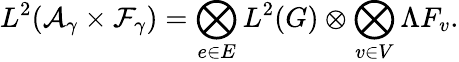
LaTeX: L^{2}({\cal A}_{\gamma}\times{\cal F}_{\gamma})=\bigotimes_{e\in E}L^{2}(G)\otimes\bigotimes_{v\in V}\Lambda F_{v}.